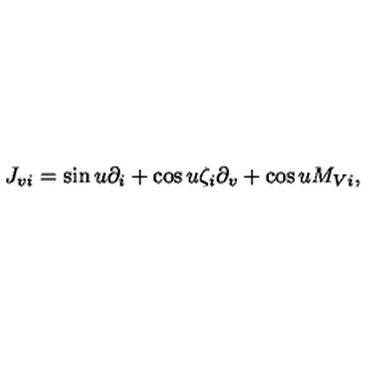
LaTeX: J _ { v i } = \sin u \partial _ { i } + \cos u \zeta _ { i } \partial _ { v } + \cos u M _ { V i } ,